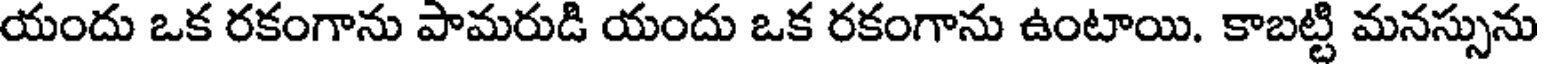
యందు ఒక రకంగాను పామరుడి యందు ఒక రకంగాను ఉంటాయి. కాబట్టి మనస్సును